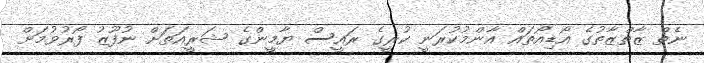
ނެތް ޒާތްޒާތުގެ އޯޑިއޯތައް އާންމުކުރަނީ ކުރީގެ ރައީސް ޔާމީންގެ ޝަރީއަތަށް ނުފޫޒު ފޯރުވުމަށް